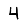
Digit: 4